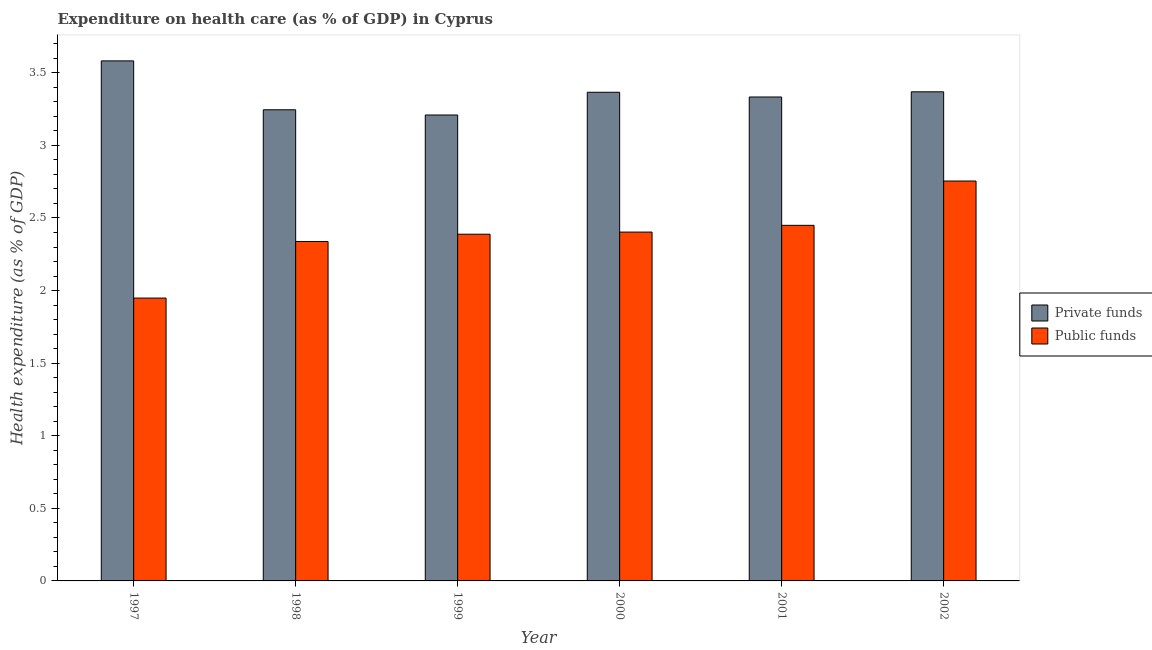
| Year | Private funds | Public funds |
 | --- | --- | --- |
 | 1997 | 3.58 | 1.95 |
 | 1998 | 3.25 | 2.34 |
 | 1999 | 3.21 | 2.39 |
 | 2000 | 3.37 | 2.4 |
 | 2001 | 3.33 | 2.45 |
 | 2002 | 3.37 | 2.75 |